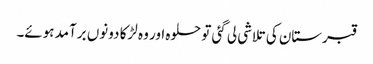
قبرستان کی تلاشی لی گئی تو حلوہ اور وہ لڑکا دونوں برآمد ہوئے۔